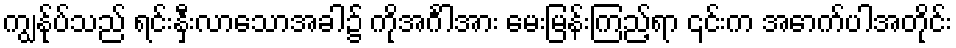
ကျွန်ုပ်သည် ရင်းနှီးလာသောအခါ၌ ကိုအင်္ဂါအား မေးမြန်းကြည့်ရာ ၎င်းက အောက်ပါအတိုင်း